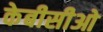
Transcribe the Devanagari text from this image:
केबीसीओ